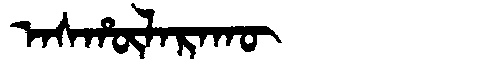
Manchu: ᠠᠰᡥᡡᠯᠠᡵᠠᡴᡡ
Romanization: ASHŪLARAKŪ